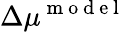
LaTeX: \Delta\mu^{\mathrm{~m~o~d~e~l~}}